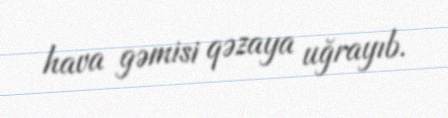
hava gəmisi qəzaya uğrayıb.